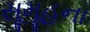
સૂમૂહના